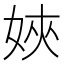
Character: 㛍